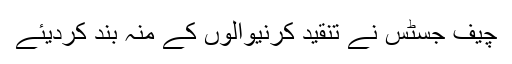
چیف جسٹس نے تنقید کرنیوالوں کے منہ بند کردیئے